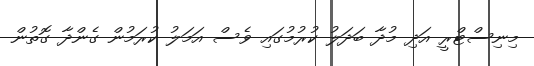
މިނިސްޓްރީ އަދި މުދާ ބަދަލު ކުރުމުގައި ވެސް އަމަލު ކުރަމުން ގެންދާ ގޮތުން